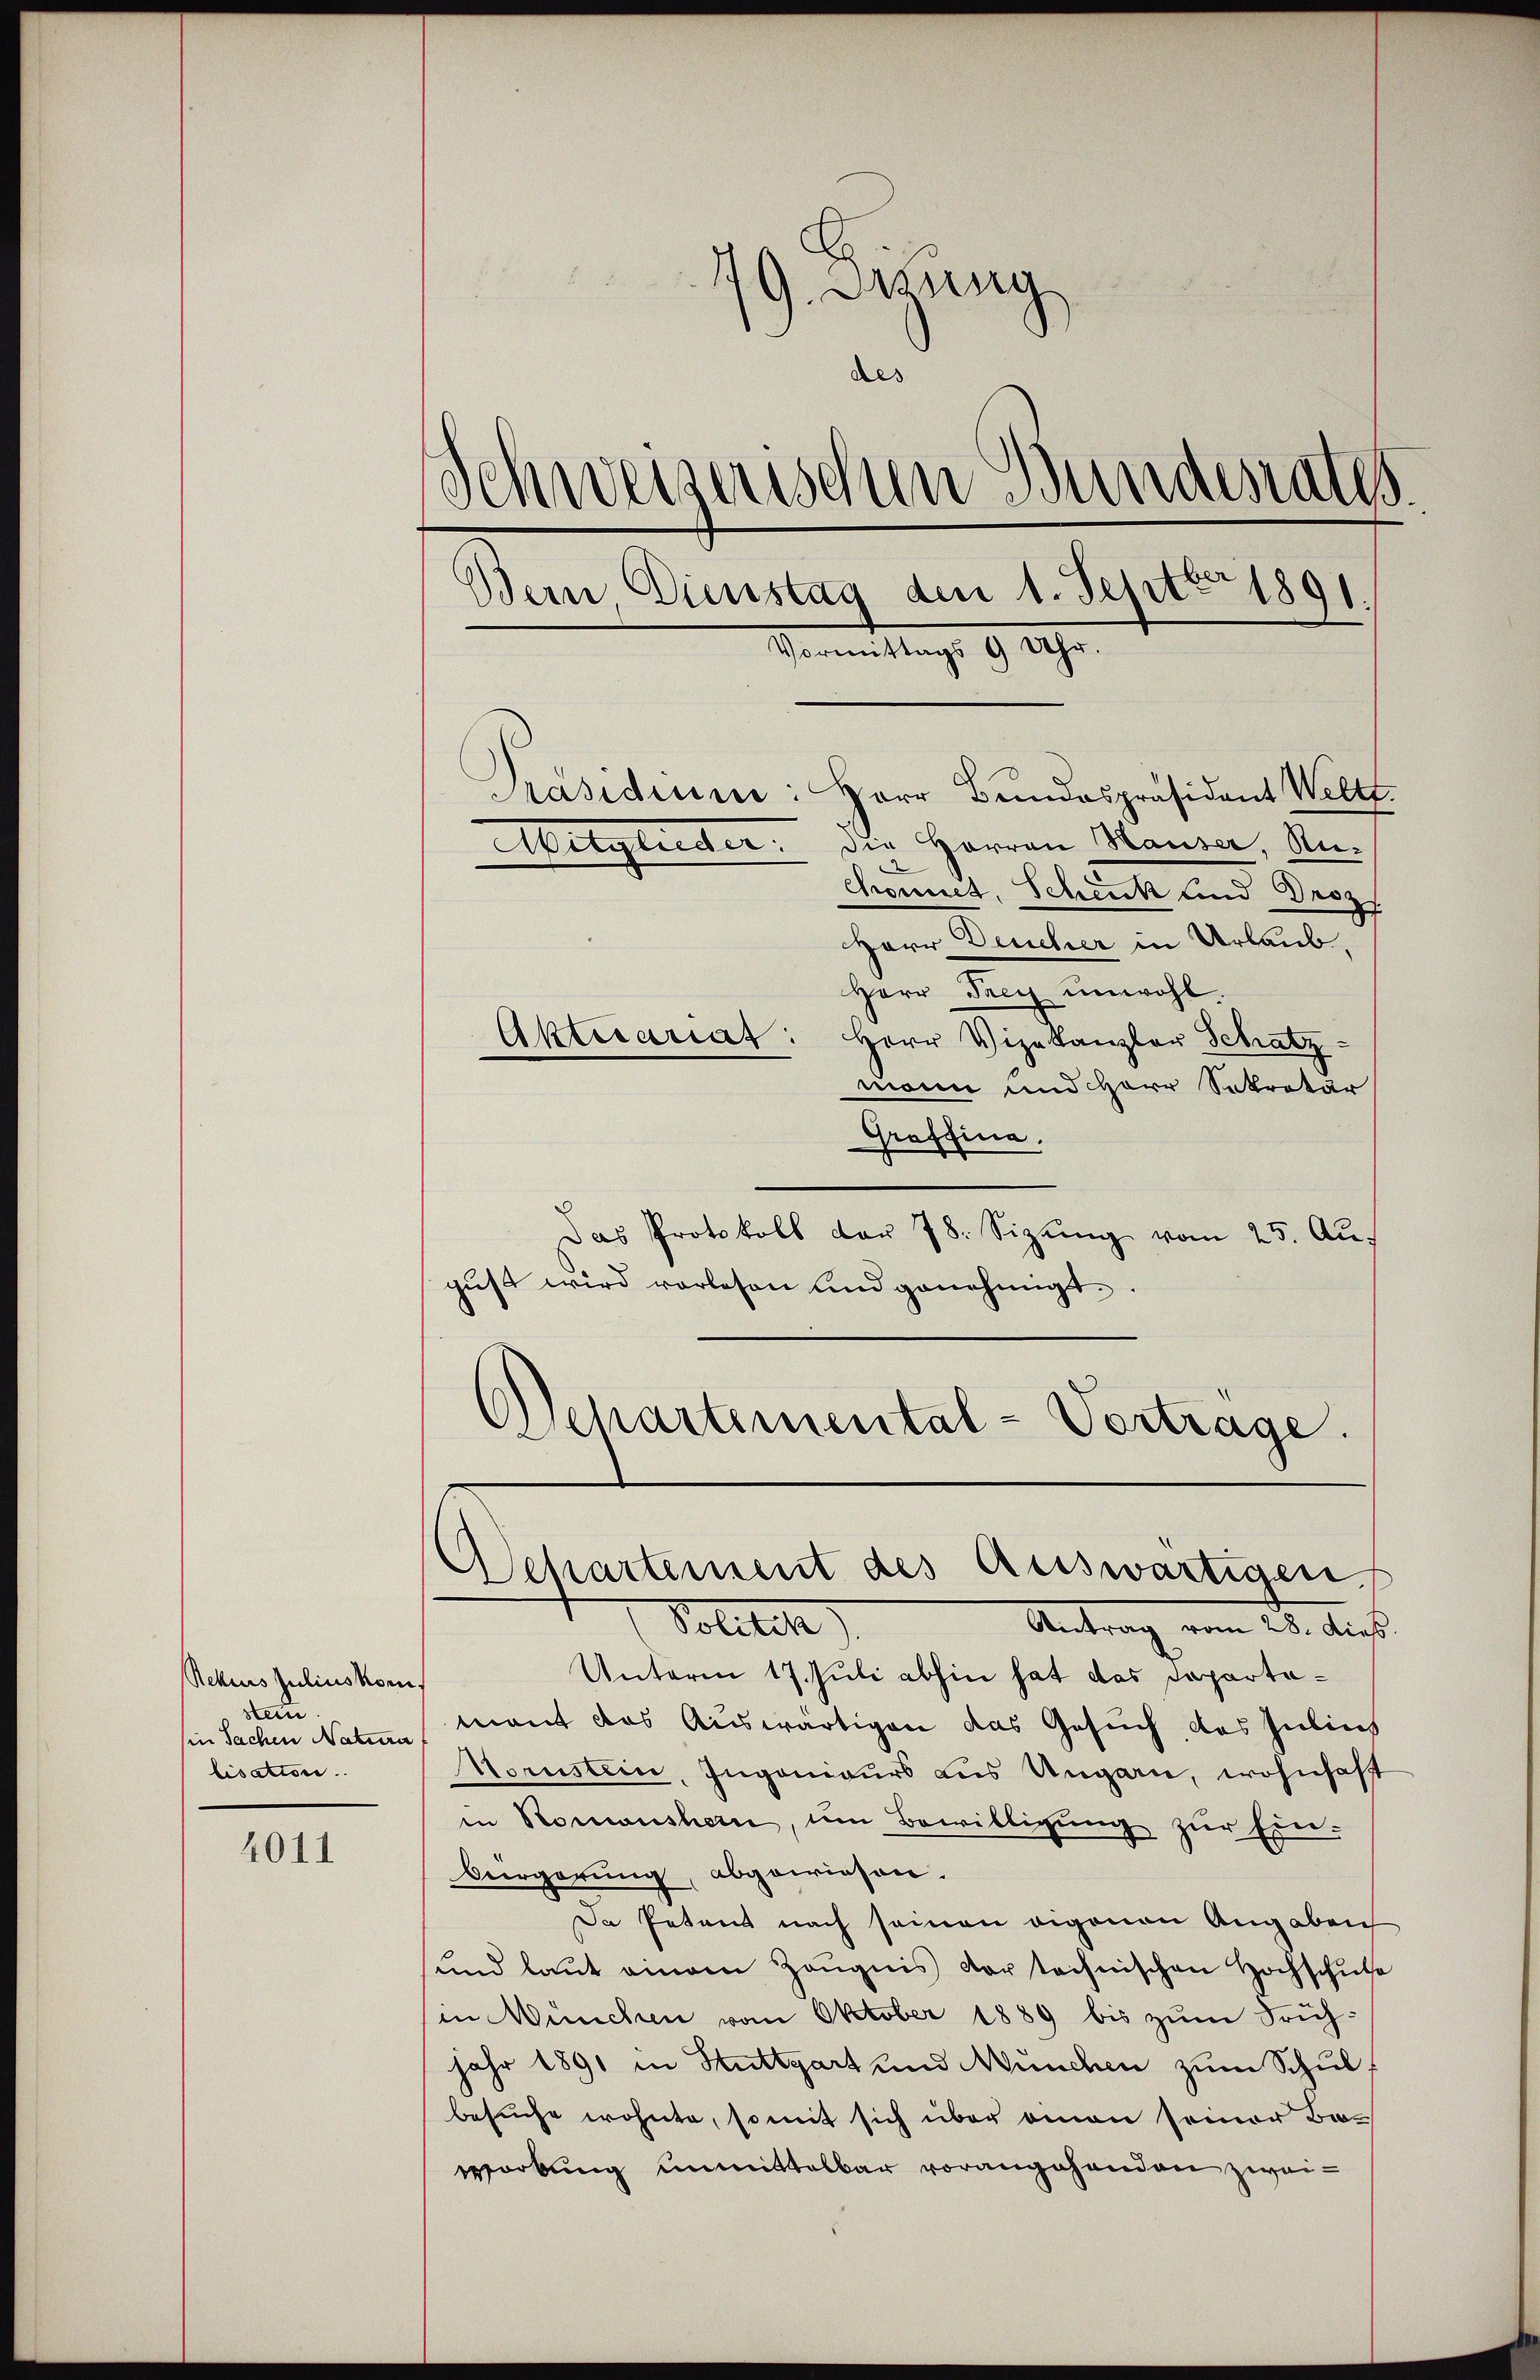
Rekurs Juliuskom
sten.
in Sachen Natura
lisation.

4011

19. Jung
des
Schweizerischen Bundesrates
Bern, Dienstag den 1. Septbr 1891.
Vormittags 9 Uhr.
Präsidium: Herr Bŭndespräsident Weltt.
Mitglieder. Die Herren Hauser, Re¬
Chonnet, Schenk und Droz.
HHerr Deucher in Urlaub.
Herr Frey unwohl
Aktecariat: Herr Vizekanzler Schatz-
mann und Herr Sekretär

Graffina.
Das Protokoll der 78. Sitzŭng vom 25. Auf
gŭst wird vorlesen und genehmigt.
Departimental-Vertrage.

Departement des Auswärtigen

Sollten)
Antrag vom 25. dies
Unterm 17. Juli abhin hat das Departemant das Auswärtigen das Gesuch das Julius
orustein, Ingenieurs aus Ungarn, wohnhaft
in Romanshorn, um Bewilligŭng zur Ein-
Bürgerung, abgewiesen.
Da Petent nach seinen eigenen Angaben
und laut einem Zeŭgnis der technischen Hochschul
in München vom Oktober 1889 bis zum Früh¬
Jahr 1891 in Stuttgart und München zum Schulbesuche wohnte, so mit sich über omnen seiner Baworkung unmittelbar vorangehenden zwei¬